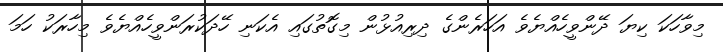
މިވާހަކަ ކިޔަ ދޭންވީހެއްޔެވެ އަހަރެންގެ ދިރިއުޅުން މިގޮތުގައި އެކަނި ހޭދަކުރަންވީހެއްޔެވެ މިހާރަކު ހަމަ